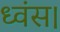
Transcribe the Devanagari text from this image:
ध्वंस।